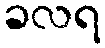
ခလရ